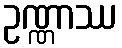
ဥဏ္ဏာဿ